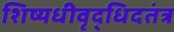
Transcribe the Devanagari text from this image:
शिष्यधीवृद्धिदतंत्र